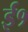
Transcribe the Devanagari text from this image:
ई१